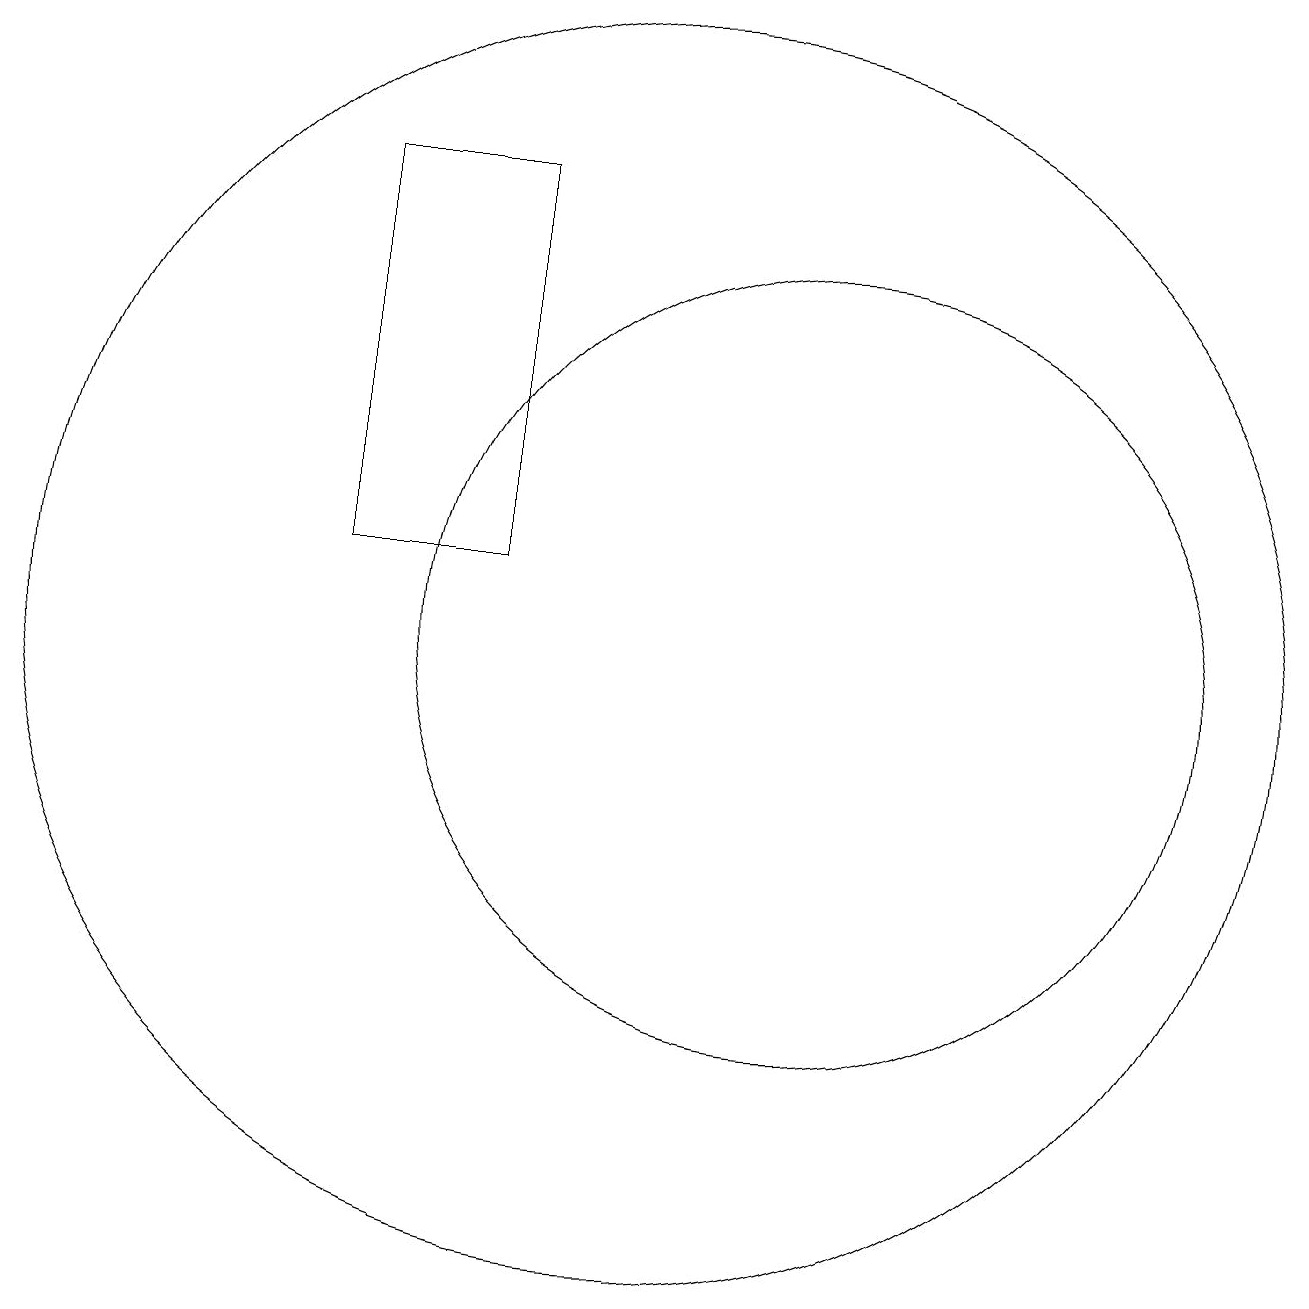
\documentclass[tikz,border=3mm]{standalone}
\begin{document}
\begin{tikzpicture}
\draw (10,11) circle (8);
\draw (12,11) circle (5);
\draw (8,12) rectangle (6,17);
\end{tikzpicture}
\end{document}